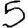
Digit: 5